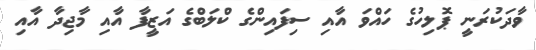
ވާދަކުރަނީ ޕޮލިހުގެ ހައްވަ އާއި ސިފައިންގެ ކްލަބްގެ އަޒީފާ އާއި މާޖިދާ އާއި